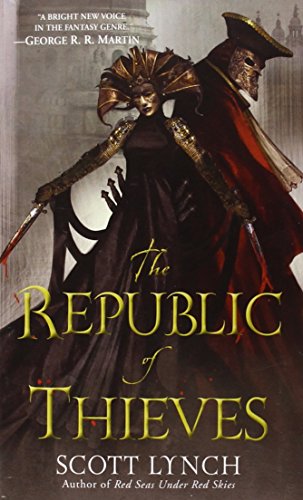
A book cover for The Republic of Thieves (Gentleman Bastards); Scott Lynch; Science Fiction & Fantasy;